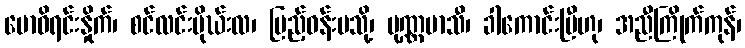
ဗောဓိရင်းနှိုက်၊ စင်လင်းမိုဃ်းလ၊ ပြည့်ဝန်းပသို့၊ ပုဏ္ဏမာသီ၊ ခါကောင်းပြီဟု၊ အညီကြိုက်ကုန်၊